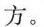
方。